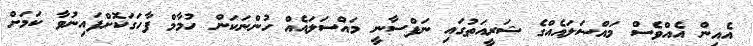
އެއިން އެއްވެސް މައްސަލައެއްގެ ޝަރީއަތުގައި ނަފްސާނީ މައްސަލައެއް ހުންނަކަން ހުމާމް ފާހަގަކޮށްފައިނުވާ ކަމަށް